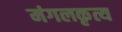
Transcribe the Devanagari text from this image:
मंगलकृत्य